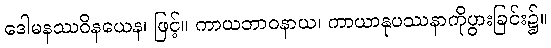
ဒေါမနဿဝိနယေန၊ ဖြင့်။ ကာယဘာဝနာယ၊ ကာယာနုပဿနာကိုပွားခြင်း၌။